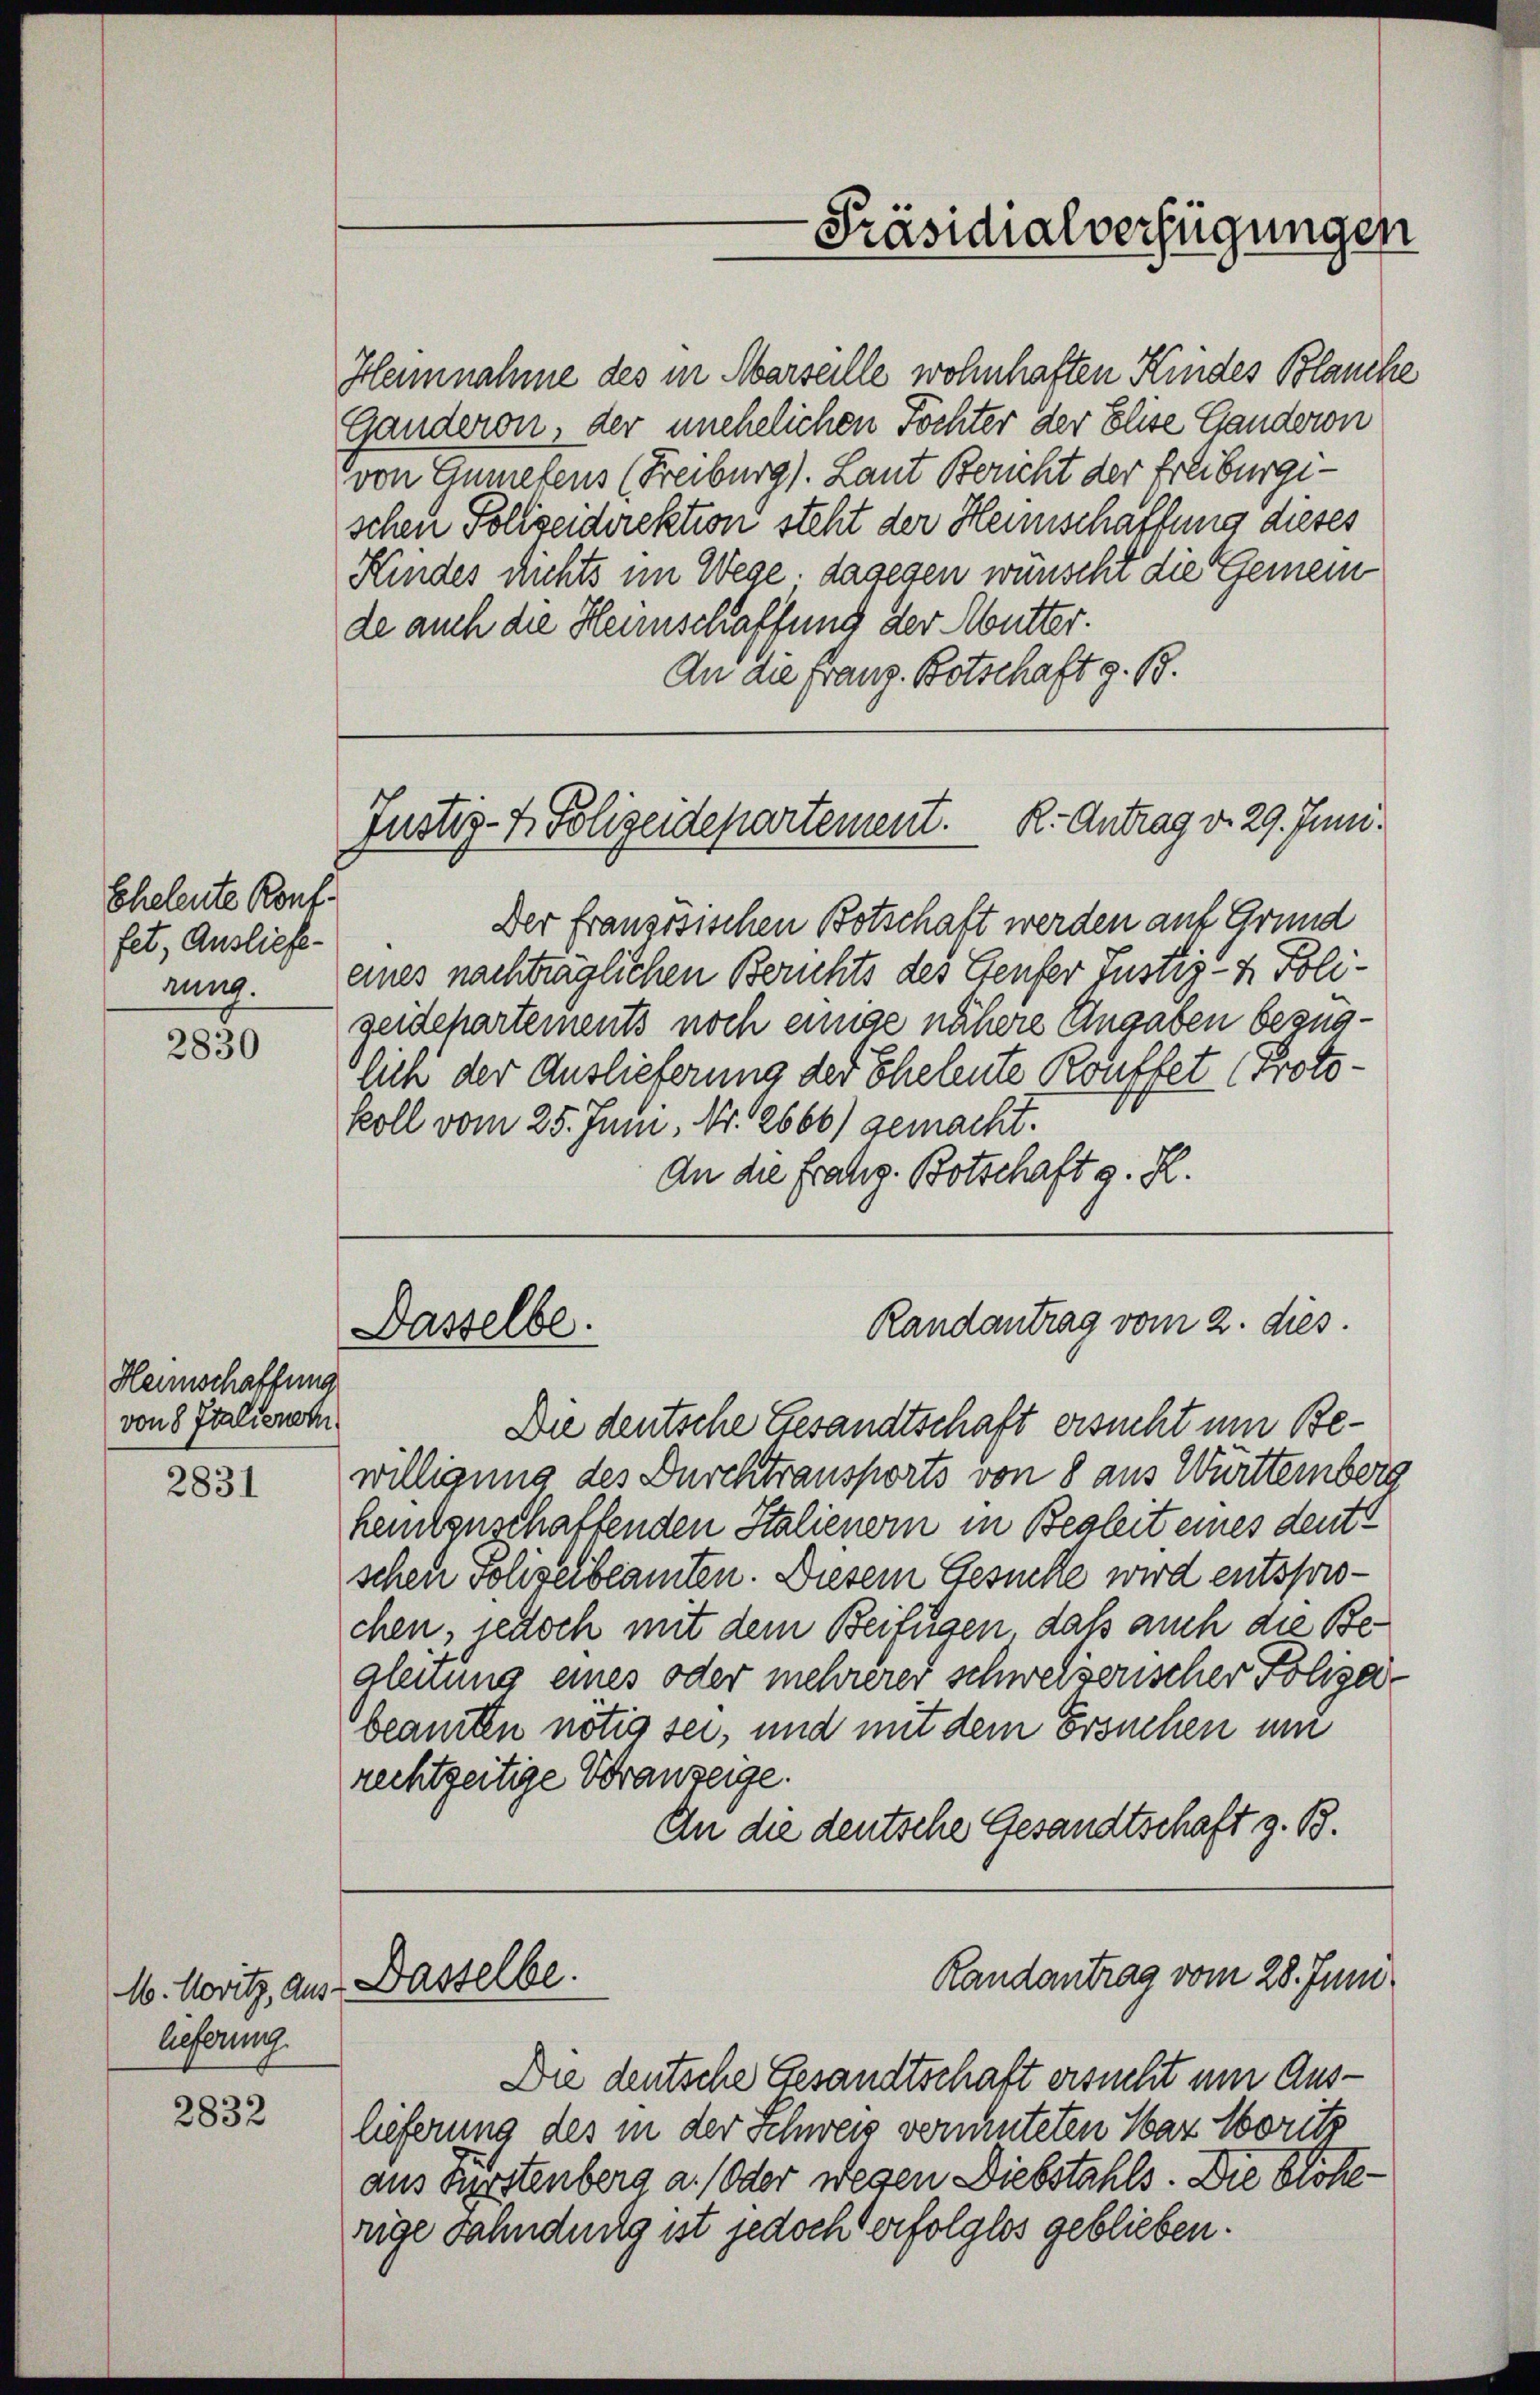
Eheleute Konf.
fet, Auslieferung.

2830

2831

2832

Heimschaffung
von 8 Italienach

M. Novitz, Aus-
lieferung.

Hennnahme des in Marseille wohnhaften Kindes Blanche
Ganderon, der unehelichen Töchter der Elise Ganderon
von Gumelens (Freiburg). Laut Bericht der Freiburgischen Polizeidirektion steht der Heinschaffung dieses
Kindes Richts im Wege; dagegen wünscht die Gemeinde auch die Heinschaffung der Mutter.
An die Franz Botschaft z. B.

Tustiz- & Polizeidepartement. K. Antrag d. 29. Juni.
.

Dasselbe.

Der franzosischen Botschaft werden auf Grund
eines nachträglichen Berichts des Genfer Justiz- & Poligeidchartements noch einige nähere Angaben bezüglich der Auslieferung der Eheleute Kouffet (Protokoll vom 25. Juni, Nr. 2666) gemacht.
An die franz. Botschaft d. R.

Die deutsche Gesandtschaft ersucht um Bewilligung des Durchtransports von 8 aus Württernberg
hemtzuschaffenden Italienerin in Begleit eines deute
schen Polizeibeamten. Diesem Gesuche wird entsprochen, jedoch mit dem Beifügen, daß auch die Bealenung eines oder mehrerer schweizerischer Polizeibeamten nötig sei, und mit dem Ersuchen um
rechtzeitige Grauzeige.
An die deutsche Gesandtschaft z. B.

Dasselbe.

Präsidialverfügungen

Randantrag vom 2. dies

Die deutsche Gesandtschaft ersucht um Auslieferung des in der Schweiz vermuteten War Moritz
aus Fürstenberg a. (oder wegen Diebstahls. Die Blöherige Fähndnulg ist jedoch erfolglos geblieben.

Randantrag vom 28. Juni